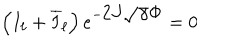
\left( I _ { \ell } + \overline { { I } } _ { \ell } \right) e ^ { - \displaystyle 2 J \sqrt { \gamma } \Phi } = 0